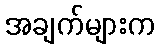
အချက်များက